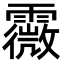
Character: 霺